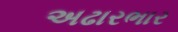
અઢારભાર